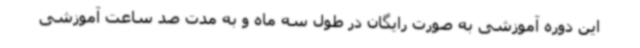
این دوره آموزشی به صورت رایگان در طول سه ماه و به مدت صد ساعت آموزشی